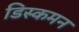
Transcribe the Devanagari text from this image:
डिस्कमन